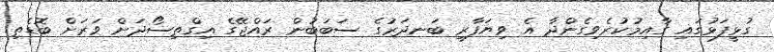
ގުޅީފަޅުގައި ގާއިމުކުރެވިގެންދާ އެ ވިޔަފާރި ބަނދަރުގެ ސަބަބުން ރައްޖޭގެ އިގްތިސޯދަށް ވަރަށް ބޮޑެތި